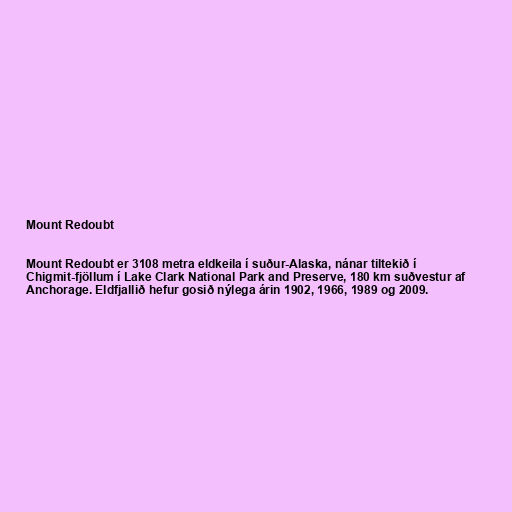
Mount Redoubt

Mount Redoubt er 3108 metra eldkeila í suður-Alaska, nánar tiltekið í
Chigmit-fjöllum í Lake Clark National Park and Preserve, 180 km suðvestur af
Anchorage. Eldfjallið hefur gosið nýlega árin 1902, 1966, 1989 og 2009.